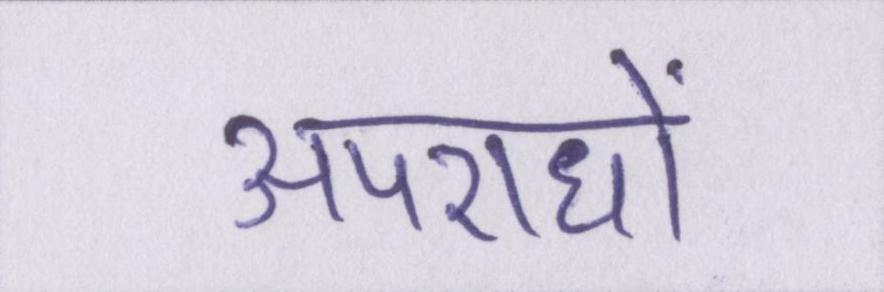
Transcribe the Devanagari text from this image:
अपराधों